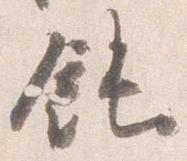
飩